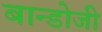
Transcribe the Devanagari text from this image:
बान्डोजी